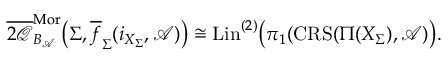
{ \boldsymbol { \overline { { 2 \mathcal { Q } } } } _ { B _ { \mathcal { A } } } ^ { \boldsymbol { \mathrm { M o r } } } } \big ( \Sigma , \overline { { f } } _ { \Sigma } ( i _ { X _ { \Sigma } } , \mathcal { A } ) \big ) \cong \mathrm { L i n } ^ { ( 2 ) } \big ( \pi _ { 1 } ( \mathbf { \mathrm { C R S } } ( \Pi ( X _ { \Sigma } ) , \mathcal { A } ) \big ) .